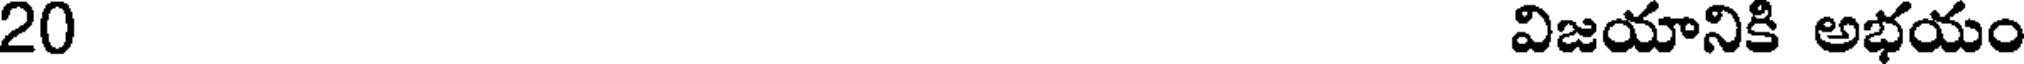
20 విజయానికి అభయం